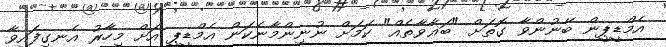
އެމްޑީޕީން ބޭނުންވާ ގޮތަށް "ބަޣާވާތެއް" ކަމަށް ނުނިންމާނެކަން އެމްޑީޕީ އަށް މިހާރު އެނގިފައިވާ